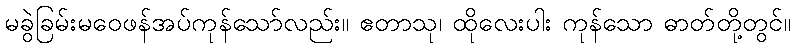
မခွဲခြမ်းမဝေဖန်အပ်ကုန်သော်လည်း။ ဧတာသု၊ ထိုလေးပါး ကုန်သော ဓာတ်တို့တွင်။